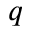
q